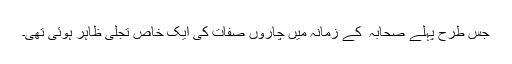
جس طرح پہلے صحابہ ؓ کے زمانہ میں چاروں صفات کی ایک خاص تجلی ظاہر ہوئی تھی۔